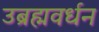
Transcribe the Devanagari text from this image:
उब्रह्मवर्धन